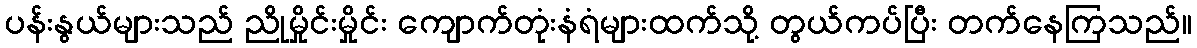
ပန်းနွယ်များသည် ညိုမှိုင်းမှိုင်း ကျောက်တုံးနံရံများထက်သို့ တွယ်ကပ်ပြီး တက်နေကြသည်။